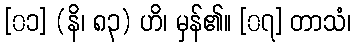
[၀၁] (နိ၊ ၈၃) ဟိ၊ မှန်၏။ [၀၇] တာသံ၊